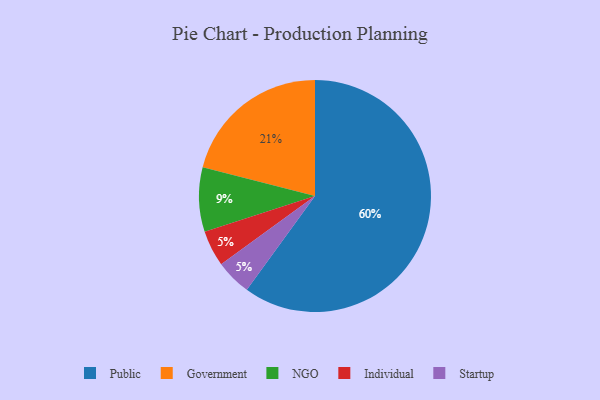
{"axis": {"x": "Category", "y": "Percentage"}, "legend": ["Government", "Individual", "NGO", "Public", "Startup"], "data": [{"x": "Government", "y": 21, "type": "Government"}, {"x": "Public", "y": 60, "type": "Public"}, {"x": "NGO", "y": 9, "type": "NGO"}, {"x": "Individual", "y": 5, "type": "Individual"}, {"x": "Startup", "y": 5, "type": "Startup"}]}